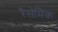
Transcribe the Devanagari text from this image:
रैसेमिक